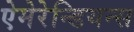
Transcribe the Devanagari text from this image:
ऐमेरेन्डियन्स